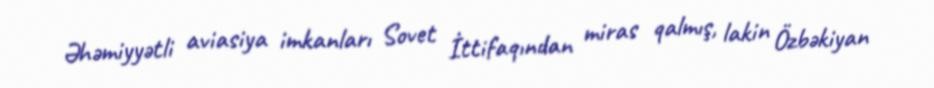
Əhəmiyyətli aviasiya imkanları Sovet İttifaqından miras qalmış, lakin Özbəkiyan